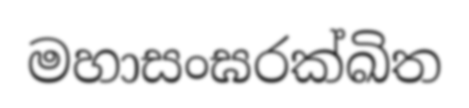
මහාසංඝරක්ඛිත